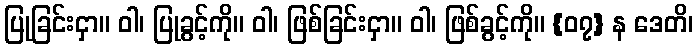
ပြုခြင်းငှာ။ ဝါ၊ ပြုခွင့်ကို။ ဝါ၊ ဖြစ်ခြင်းငှာ။ ဝါ၊ ဖြစ်ခွင့်ကို။ {၀၇} န ဒေတိ၊